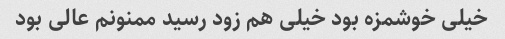
خیلى خوشمزه بود خیلى هم زود رسید ممنونم عالى بود